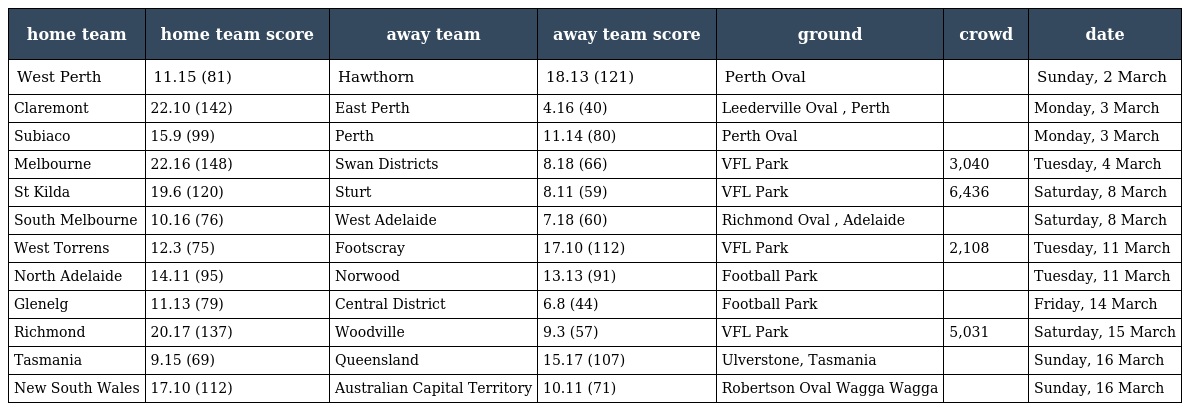
| home team | home team score | away team | away team score | ground | crowd | date |
 | --- | --- | --- | --- | --- | --- | --- |
 | West Perth | 11.15 (81) | Hawthorn | 18.13 (121) | Perth Oval |  | Sunday, 2 March |
 | Claremont | 22.10 (142) | East Perth | 4.16 (40) | Leederville Oval , Perth |  | Monday, 3 March |
 | Subiaco | 15.9 (99) | Perth | 11.14 (80) | Perth Oval |  | Monday, 3 March |
 | Melbourne | 22.16 (148) | Swan Districts | 8.18 (66) | VFL Park | 3,040 | Tuesday, 4 March |
 | St Kilda | 19.6 (120) | Sturt | 8.11 (59) | VFL Park | 6,436 | Saturday, 8 March |
 | South Melbourne | 10.16 (76) | West Adelaide | 7.18 (60) | Richmond Oval , Adelaide |  | Saturday, 8 March |
 | West Torrens | 12.3 (75) | Footscray | 17.10 (112) | VFL Park | 2,108 | Tuesday, 11 March |
 | North Adelaide | 14.11 (95) | Norwood | 13.13 (91) | Football Park |  | Tuesday, 11 March |
 | Glenelg | 11.13 (79) | Central District | 6.8 (44) | Football Park |  | Friday, 14 March |
 | Richmond | 20.17 (137) | Woodville | 9.3 (57) | VFL Park | 5,031 | Saturday, 15 March |
 | Tasmania | 9.15 (69) | Queensland | 15.17 (107) | Ulverstone, Tasmania |  | Sunday, 16 March |
 | New South Wales | 17.10 (112) | Australian Capital Territory | 10.11 (71) | Robertson Oval Wagga Wagga |  | Sunday, 16 March |